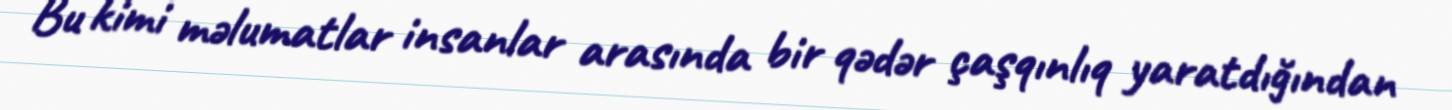
Bu kimi məlumatlar insanlar arasında bir qədər çaşqınlıq yaratdığından